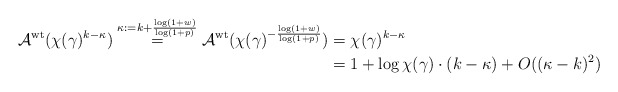
\begin{align*} \mathcal{A}^{\rm wt}(\chi (\gamma)^{k-\kappa})\stackrel{\kappa:=k+\frac{\log(1+w)}{\log(1+p)}}{=}\mathcal{A}^{\rm wt}(\chi (\gamma)^{-\frac{\log(1+w)}{\log(1+p)}})&= \chi (\gamma)^{k-\kappa}\\ &=1+\log\chi(\gamma)\cdot (k-\kappa) + O((\kappa-k)^2) \end{align*}